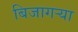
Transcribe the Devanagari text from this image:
बिजागर्‍या